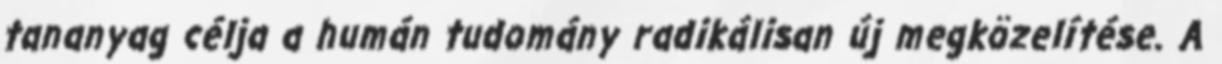
tananyag célja a humán tudomány radikálisan új megközelítése. A